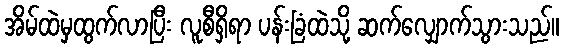
အိမ်ထဲမှထွက်လာပြီး လူစီရှိရာ ပန်းခြံထဲသို့ ဆက်လျှောက်သွားသည်။